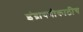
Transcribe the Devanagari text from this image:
इंद्रायणीकाठीच